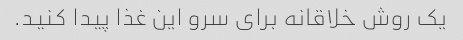
یک روش خلاقانه برای سرو این غذا پیدا کنید.